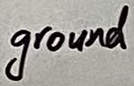
Text: ground